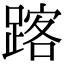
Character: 𨂥